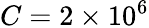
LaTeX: C=2\times 10^{6}